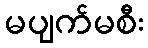
မပျက်မစီး